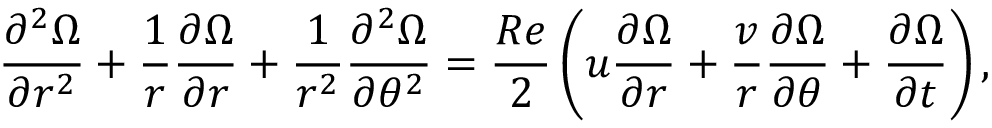
\frac { \partial ^ { 2 } \Omega } { \partial r ^ { 2 } } + \frac { 1 } { r } \frac { \partial \Omega } { \partial r } + \frac { 1 } { r ^ { 2 } } \frac { \partial ^ { 2 } \Omega } { \partial \theta ^ { 2 } } = \frac { R e } { 2 } \left( u \frac { \partial \Omega } { \partial r } + \frac { v } { r } \frac { \partial \Omega } { \partial \theta } + \frac { \partial \Omega } { \partial t } \right) ,